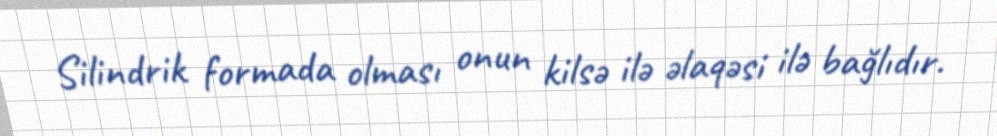
Silindrik formada olması onun kilsə ilə əlaqəsi ilə bağlıdır.